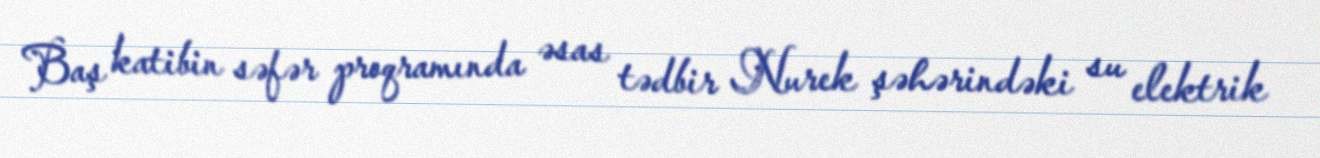
Baş katibin səfər proqramında əsas tədbir Nurek şəhərindəki su elektrik